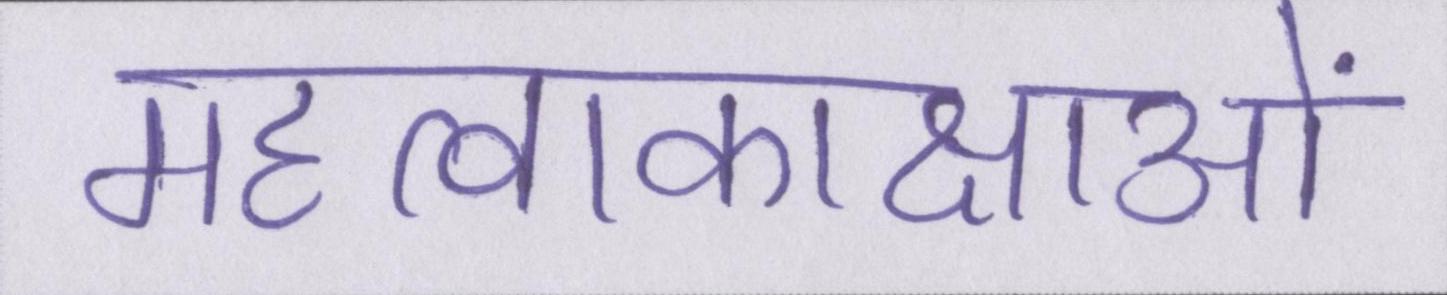
महत्वाकाक्षाओं